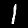
Label: 1